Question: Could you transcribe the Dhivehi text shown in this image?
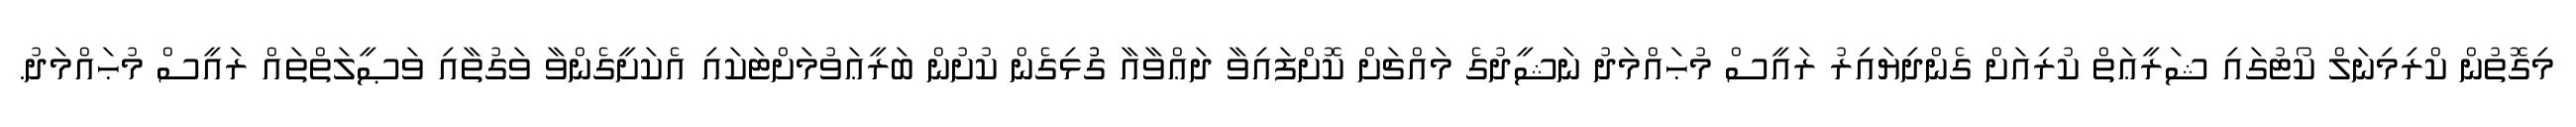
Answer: މިގޮތުން ކްރިމިނަލް ކޯޓުގައި ޝަރީޢަތް ކުރިއަށް ގެންދިޔައިރު ރައީސް މުޙައްމަދު ނަޝީދުގެ މައްޗަށް ކޮށްފައިވާ ދަޢްވާއާ ގުުޅިގެން ކުށުން ބަރީޢަވުމަށްޓަކައި އެކަށީގެންވާ ވަގުތާއި ވަޞީލަތްތައް ރައީސް މުޙައްމަދު.